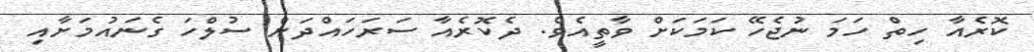
ކޮރެއާ ހިތް ހަަމަ ނުޖެހޭ ކަމަކަށް ވާތީއެވެ. ދެކޮރެއާ ސަރަހައްދަށް ސުލްހަ ގެނައުމަަށާއި